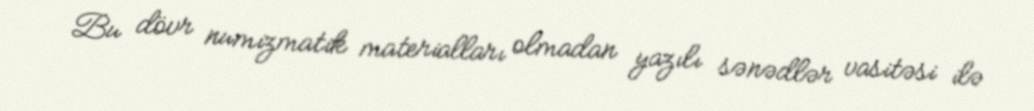
Bu dövr numizmatik materialları olmadan yazılı sənədlər vasitəsi ilə